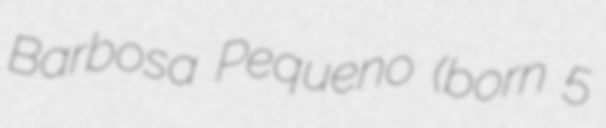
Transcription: Barbosa Pequeno (born 5